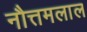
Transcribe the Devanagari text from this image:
नौत्तमलाल